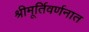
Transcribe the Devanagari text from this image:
श्रीमूर्तिवर्णनात